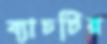
ব্যাচটির